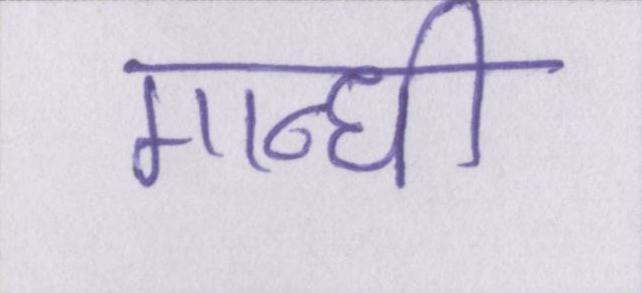
गान्धी